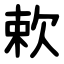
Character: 欶